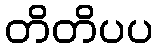
တိတိပပ